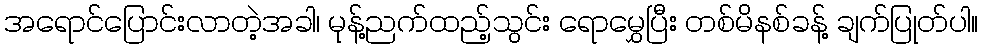
အရောင်ပြောင်းလာတဲ့အခါ၊ မုန့်ညက်ထည့်သွင်း ရောမွှေပြီး တစ်မိနစ်ခန့် ချက်ပြုတ်ပါ။